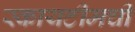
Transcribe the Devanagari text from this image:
स्कायटीमची